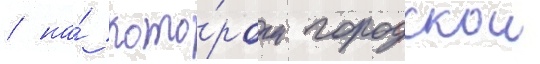
/ на́ кото́ром городскои